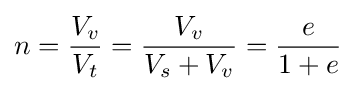
n={\frac {V_{v}}{V_{t}}}={\frac {V_{v}}{V_{s}+V_{v}}}={\frac {e}{1+e}}